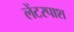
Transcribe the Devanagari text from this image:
लेंटरपाश